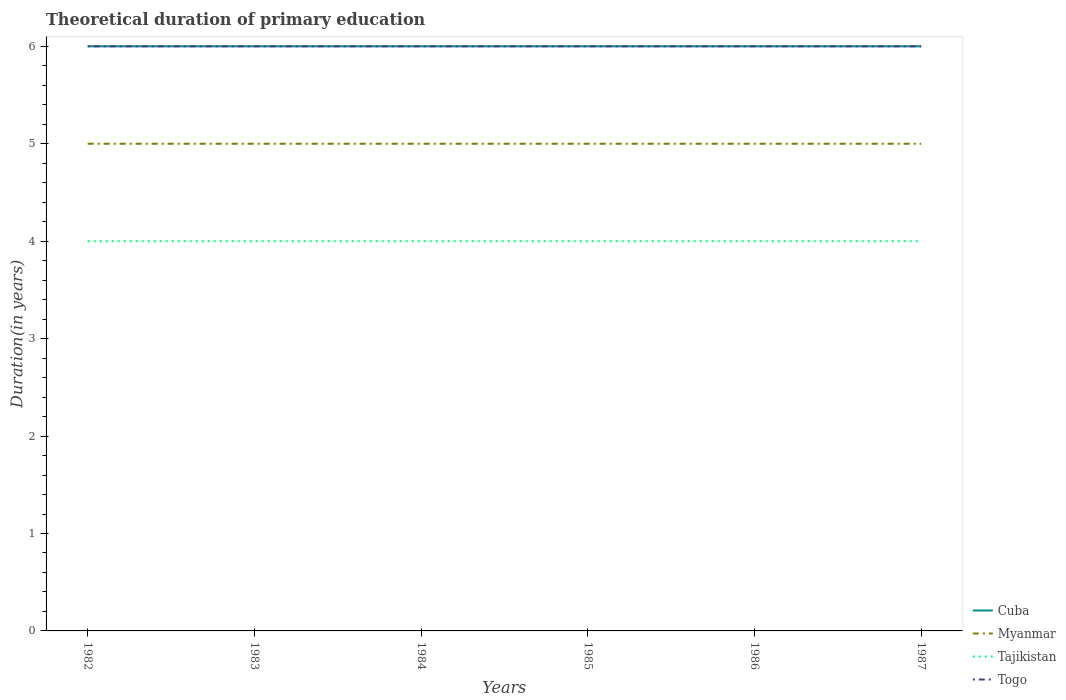
| Years | Cuba | Myanmar | Tajikistan | Togo |
 | --- | --- | --- | --- | --- |
 | 1982 | 6 | 5 | 4 | 6 |
 | 1983 | 6 | 5 | 4 | 6 |
 | 1984 | 6 | 5 | 4 | 6 |
 | 1985 | 6 | 5 | 4 | 6 |
 | 1986 | 6 | 5 | 4 | 6 |
 | 1987 | 6 | 5 | 4 | 6 |